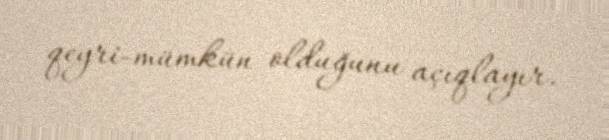
qeyri-mümkün olduğunu açıqlayır.